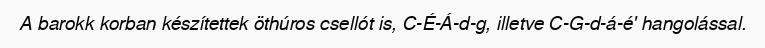
A barokk korban készítettek öthúros csellót is, C-É-Á-d-g, illetve C-G-d-á-é' hangolással.